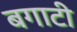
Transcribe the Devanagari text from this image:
बगाटी